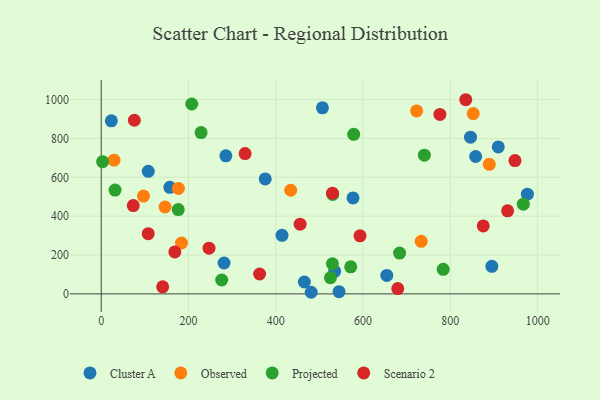
{"axis": {"x": "Speed", "y": "Salary"}, "legend": ["Cluster A", "Observed", "Projected", "Scenario 2"], "data": [{"x": "281.5", "y": 159.1, "type": "Cluster A"}, {"x": "157.2", "y": 548.4, "type": "Cluster A"}, {"x": "107.8", "y": 630.8, "type": "Cluster A"}, {"x": "414.3", "y": 301.5, "type": "Cluster A"}, {"x": "577.0", "y": 493.7, "type": "Cluster A"}, {"x": "481.1", "y": 8.3, "type": "Cluster A"}, {"x": "654.4", "y": 95.1, "type": "Cluster A"}, {"x": "23.2", "y": 890.9, "type": "Cluster A"}, {"x": "544.9", "y": 11.6, "type": "Cluster A"}, {"x": "846.2", "y": 806.6, "type": "Cluster A"}, {"x": "465.4", "y": 61.2, "type": "Cluster A"}, {"x": "895.1", "y": 141.7, "type": "Cluster A"}, {"x": "858.0", "y": 707.1, "type": "Cluster A"}, {"x": "976.5", "y": 513.1, "type": "Cluster A"}, {"x": "375.8", "y": 591.7, "type": "Cluster A"}, {"x": "534.9", "y": 116.2, "type": "Cluster A"}, {"x": "909.8", "y": 756.5, "type": "Cluster A"}, {"x": "506.9", "y": 957.8, "type": "Cluster A"}, {"x": "285.6", "y": 710.7, "type": "Cluster A"}, {"x": "183.9", "y": 262.0, "type": "Observed"}, {"x": "733.2", "y": 270.5, "type": "Observed"}, {"x": "146.3", "y": 447.3, "type": "Observed"}, {"x": "852.4", "y": 928.1, "type": "Observed"}, {"x": "96.8", "y": 503.5, "type": "Observed"}, {"x": "176.9", "y": 542.6, "type": "Observed"}, {"x": "29.3", "y": 688.1, "type": "Observed"}, {"x": "434.2", "y": 533.5, "type": "Observed"}, {"x": "722.7", "y": 941.6, "type": "Observed"}, {"x": "889.3", "y": 667.0, "type": "Observed"}, {"x": "525.2", "y": 83.1, "type": "Projected"}, {"x": "207.4", "y": 977.5, "type": "Projected"}, {"x": "740.5", "y": 713.8, "type": "Projected"}, {"x": "228.8", "y": 830.3, "type": "Projected"}, {"x": "571.7", "y": 139.2, "type": "Projected"}, {"x": "529.8", "y": 155.2, "type": "Projected"}, {"x": "578.5", "y": 821.3, "type": "Projected"}, {"x": "530.6", "y": 511.7, "type": "Projected"}, {"x": "683.7", "y": 210.1, "type": "Projected"}, {"x": "783.6", "y": 126.6, "type": "Projected"}, {"x": "967.2", "y": 461.6, "type": "Projected"}, {"x": "3.2", "y": 680.6, "type": "Projected"}, {"x": "276.0", "y": 71.5, "type": "Projected"}, {"x": "176.5", "y": 434.0, "type": "Projected"}, {"x": "31.7", "y": 534.6, "type": "Projected"}, {"x": "247.0", "y": 235.2, "type": "Scenario 2"}, {"x": "875.4", "y": 349.9, "type": "Scenario 2"}, {"x": "329.7", "y": 722.2, "type": "Scenario 2"}, {"x": "679.5", "y": 27.3, "type": "Scenario 2"}, {"x": "140.8", "y": 36.5, "type": "Scenario 2"}, {"x": "455.7", "y": 358.8, "type": "Scenario 2"}, {"x": "593.0", "y": 298.8, "type": "Scenario 2"}, {"x": "168.7", "y": 215.8, "type": "Scenario 2"}, {"x": "75.9", "y": 893.8, "type": "Scenario 2"}, {"x": "107.7", "y": 309.8, "type": "Scenario 2"}, {"x": "776.1", "y": 923.5, "type": "Scenario 2"}, {"x": "362.9", "y": 102.3, "type": "Scenario 2"}, {"x": "835.3", "y": 999.4, "type": "Scenario 2"}, {"x": "529.9", "y": 518.2, "type": "Scenario 2"}, {"x": "931.2", "y": 427.3, "type": "Scenario 2"}, {"x": "948.1", "y": 686.1, "type": "Scenario 2"}, {"x": "73.4", "y": 454.7, "type": "Scenario 2"}]}